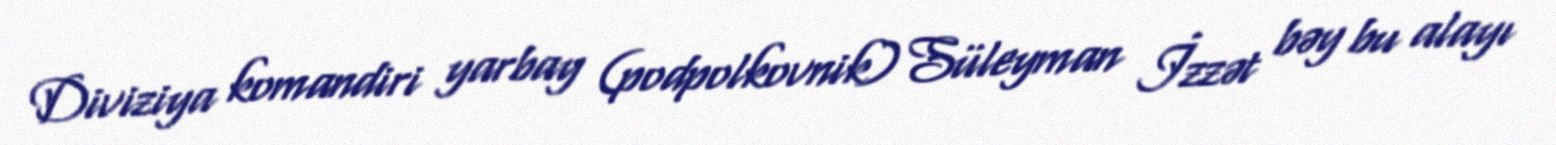
Diviziya komandiri yarbay (podpolkovnik) Süleyman İzzət bəy bu alayı